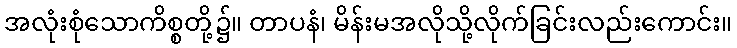
အလုံးစုံသောကိစ္စတို့၌။ တာပနံ၊ မိန်းမအလိုသို့လိုက်ခြင်းလည်းကောင်း။